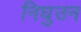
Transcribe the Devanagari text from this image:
निघुउन